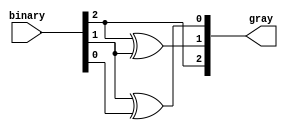
module gray_code_encoder (
    input  wire [2:0] binary,  // 3-bit binary input
    output wire [2:0] gray     // 2-bit Gray code output
);

// Gray code generation
assign gray[2] = binary[2];            // MSB remains the same
assign gray[1] = binary[2] ^ binary[1]; // XOR of MSB and next bit
assign gray[0] = binary[1] ^ binary[0]; // XOR of next bit and LSB

endmodule